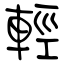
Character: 輕